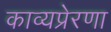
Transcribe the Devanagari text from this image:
काव्यप्रेरणा